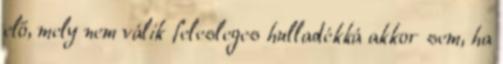
elő, mely nem válik felesleges hulladékká akkor sem, ha